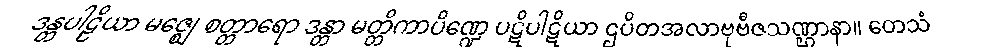
ဒန္တပါဠိယာ မဇ္ဈေ စတ္တာရော ဒန္တာ မတ္တိကာပိဏ္ဍေ ပဋိပါဋိယာ ဌပိတအလာဗုဗီဇသဏ္ဌာနာ။ တေသံ